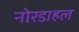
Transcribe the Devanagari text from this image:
नोरडाहल